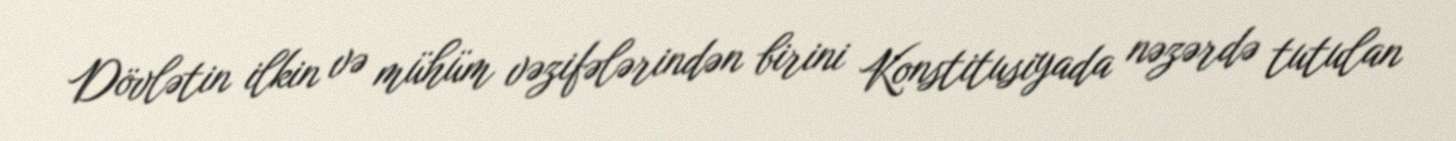
Dövlətin ilkin və mühüm vəzifələrindən birini Konstitusiyada nəzərdə tutulan